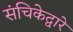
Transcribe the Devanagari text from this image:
संचिकेद्वारे